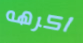
اكرهه